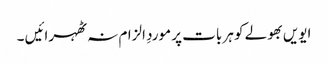
ایویں بھولے کو ہر بات پر موردِ الزام نہ ٹھہرائیں ۔